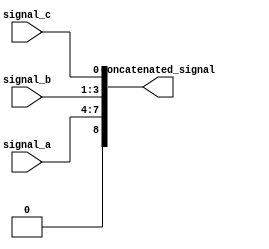
module ConcatenationExample (
    input wire [3:0] signal_a,    // 4-bit input signal
    input wire [2:0] signal_b,    // 3-bit input signal
    input wire        signal_c,    // 1-bit input signal
    output wire [8:0] concatenated_signal // 9-bit output signal
);

// Continuous assignment using concatenation
assign concatenated_signal = {signal_a, signal_b, signal_c};

endmodule